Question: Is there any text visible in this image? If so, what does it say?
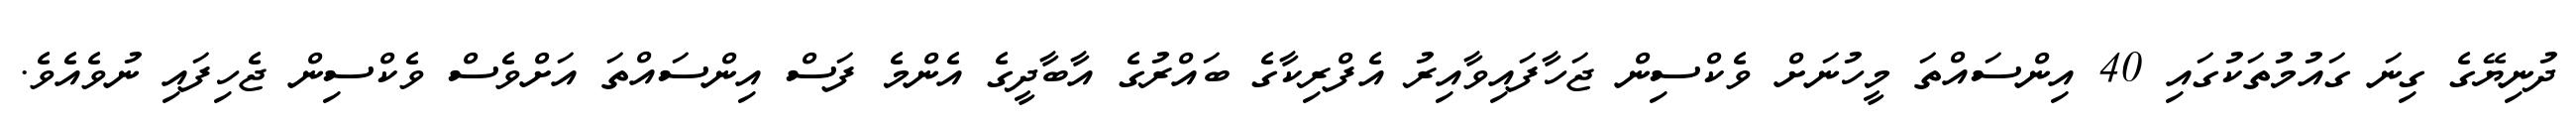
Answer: ދުނިޔޭގެ ގިނަ ގައުމުތަކުގައި 40 އިންސައްތަ މީހުނަށް ވެކްސިން ޖަހާފައިވާއިރު އެފްރިކާގެ ބައްރުގެ އާބާދީގެ އެންމެ ފަސް އިންސައްތަ އަށްވެސް ވެކްސިން ޖެހިފައި ނުވެއެވެ.